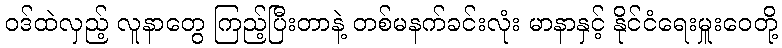
ဝဒ်ထဲလှည့် လူနာတွေ ကြည့်ပြီးတာနဲ့ တစ်မနက်ခင်းလုံး မာနာနှင့် နိုင်ငံရေးမှူးဝေတို့